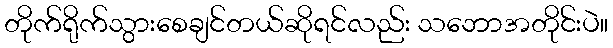
တိုက်ရိုက်သွားစေချင်တယ်ဆိုရင်လည်း သဘောအတိုင်းပဲ။